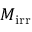
M _ { \mathrm { { i r r } } }